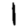
Digit: 1